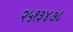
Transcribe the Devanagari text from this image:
२५१३४७८